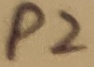
Text: P2